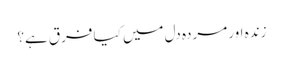
زندہ اور مردہ دل میں کیا فرق ہے؟